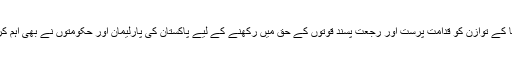
سوشل میڈیا کے توازن کو قدامت پرست اور رجعت پسند قوتوں کے حق میں رکھنے کے لیے پاکستان کی پارلیمان اور حکومتوں نے بھی اہم کردار ادا کیا۔